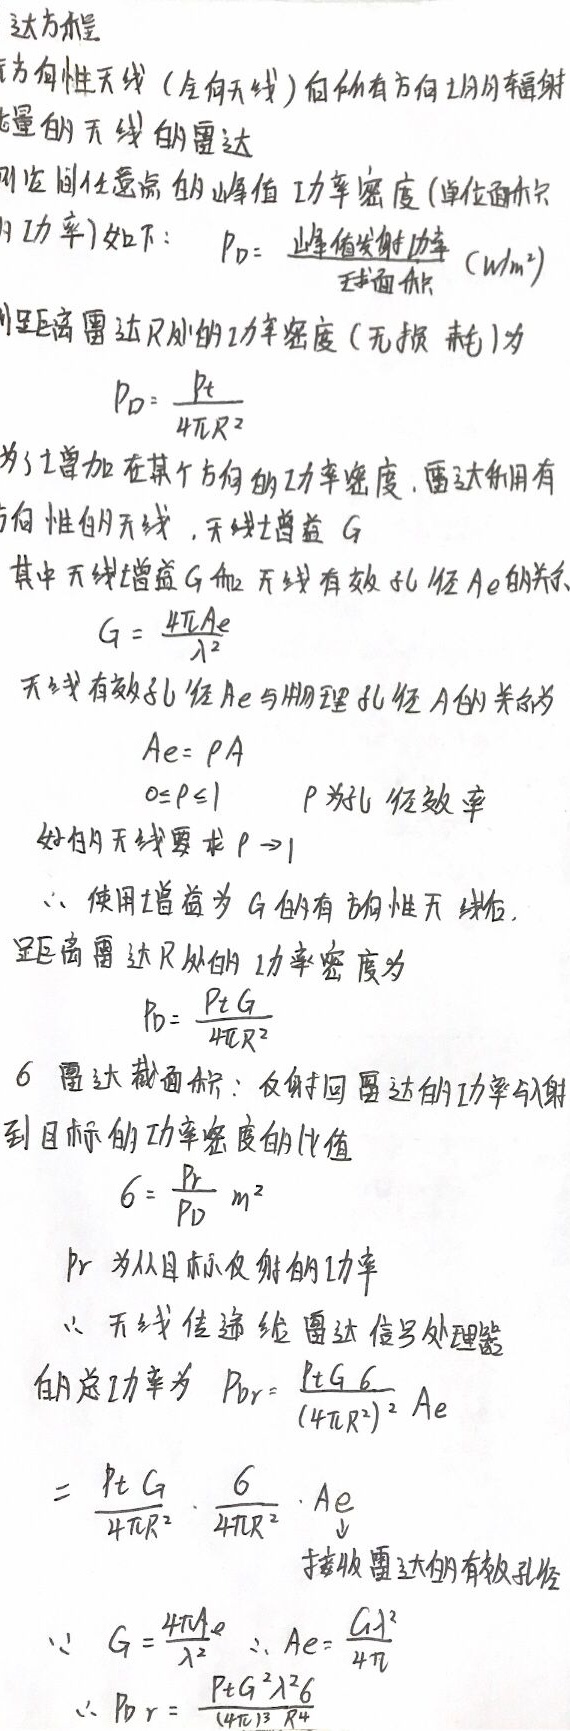
达方程式
方向性天线（全向天线）向所有方向均匀辐射
能量的天线的雷达
则在任一点的峰值功率密度（单位面积只
的功率）如下： $P_{D}=\frac{峰值发射功率}{球面积}(W/m^{2})$
则距离雷达$R$处的功率密度（无损耗）为
\[P_{D}=\frac{P_{t}}{4\pi R^{2}}\]
为了增加在某个方向的功率密度，雷达采用有
方向性的天线，天线增益$G$
其中天线增益$G$和天线有效孔径$A_{e}$的关系
\[G = \frac{4\pi A_{e}}{\lambda^{2}}\]
天线有效孔径$A_{e}$与物理孔径$A$的关系为
\[A_{e}=\rho A\]
\[0\leq\rho\leq1\] $\rho$为孔径效率
好的天线要求$\rho\rightarrow1$
$\therefore$使用增益为$G$的有方向性天线后，
距离雷达$R$处的功率密度为
\[P_{D}=\frac{P_{t}G}{4\pi R^{2}}\]
6 雷达截面积：反射回雷达的功率与射
到目标的功率密度的比值
\[ \sigma=\frac{P_{r}}{P_{D}}m^{2}\]
$P_{r}$为从目标反射的功率
$\therefore$无线传递给雷达信号处理器
的总功率为 $P_{br}=\frac{P_{t}G\sigma}{(4\pi R^{2})^{2}}A_{e}$
\[=\frac{P_{t}G}{4\pi R^{2}}\cdot\frac{\sigma}{4\pi R^{2}}\cdot A_{e}\]
接收雷达的有效孔径
\[\because G=\frac{4\pi A_{e}}{\lambda^{2}}\ \therefore A_{e}=\frac{G\lambda^{2}}{4\pi}\]
\[\therefore P_{br}=\frac{P_{t}G^{2}\lambda^{2}\sigma}{(4\pi)^{3}R^{4}}\]